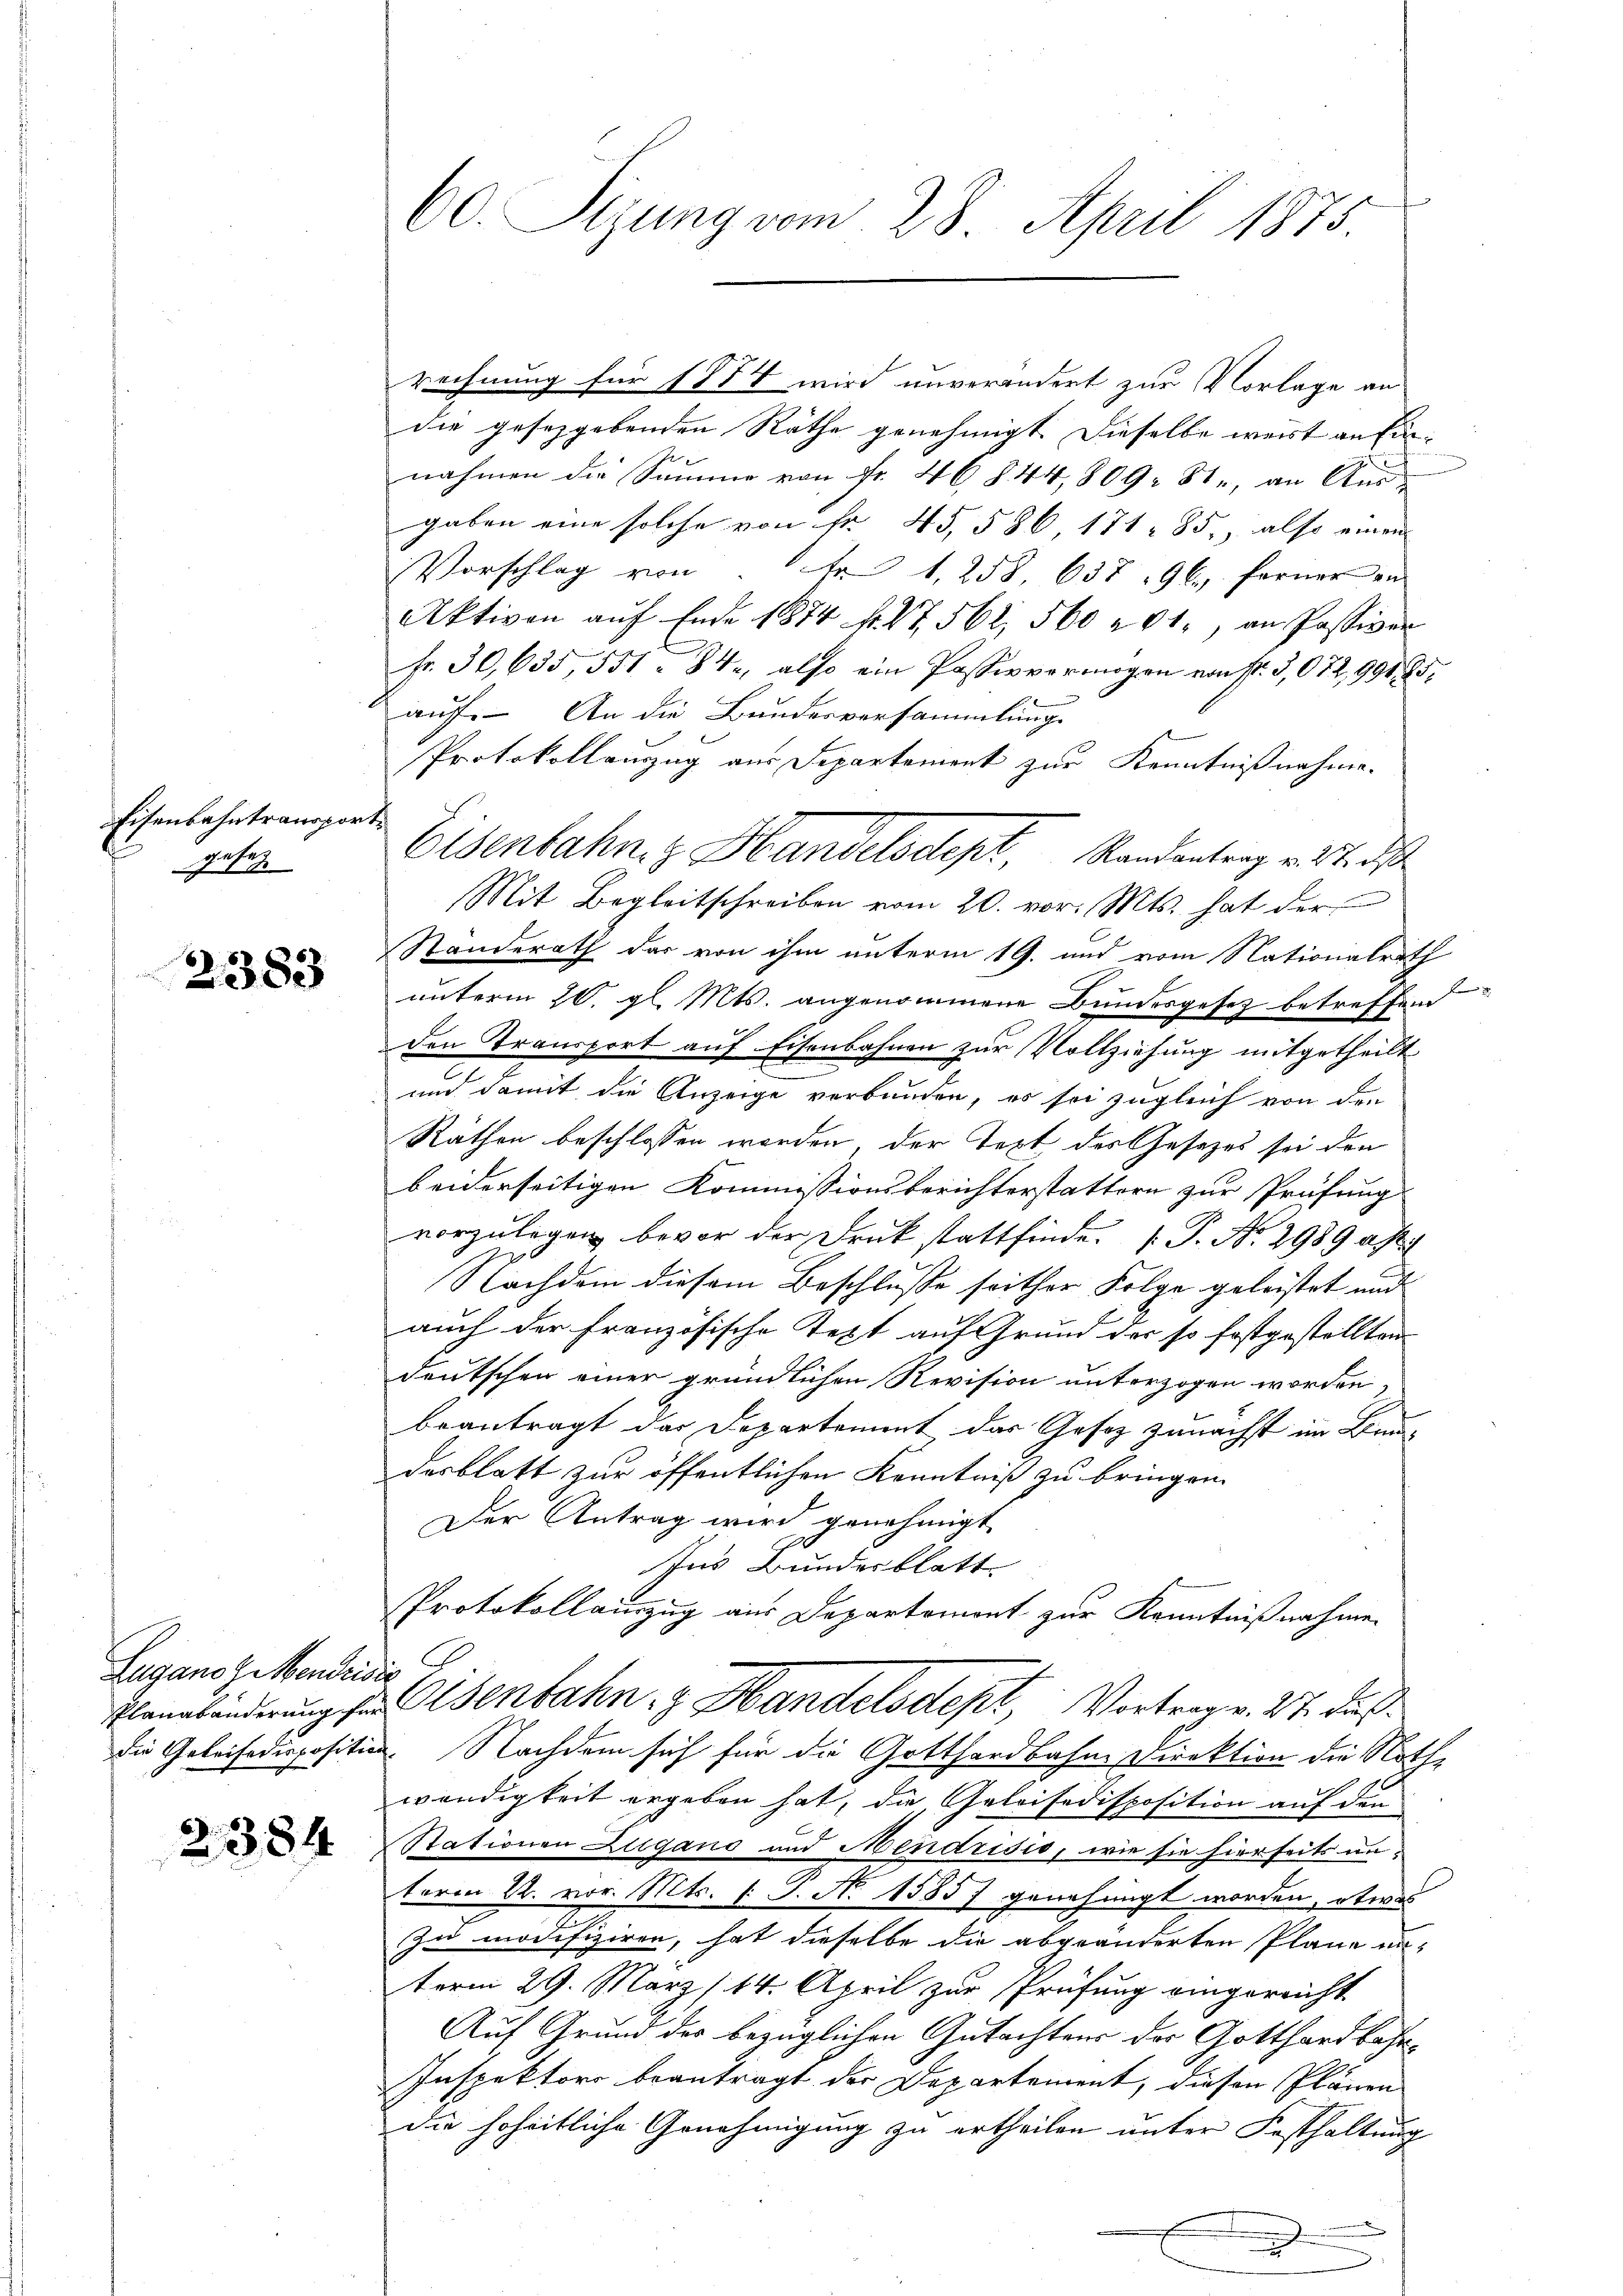
Eisenbahntransport
af
Gesetz

2383

Luganoz Mendrisie

2384

rechnung für 1874 wird unverändert zur Vorlage an
die gesetzgebenden Räthe genehmigt. Dieselbe weist anfinnahmen die Summe von Fr. 46 § 44. 809. Ste, an Aus-
gaben eine solche von fr. 45,586, 171. 85, also einen
Vorschlag von Fr. 1258 637 96. ferner an
Aktiven aŭf Ende 1874 f. 47. 562, 560 n 1., an Passiver
Fr. 30, 635, 551. 84, also ein Passiv vermögen von St. G,072,99185.
auf. An die Bundesversammlung
Protokollauszug aus Departement zur Kenntnißnahme.
Mit Begleitschreiben vom 20. vor. Mts. hat der
Ständerath das von ihm unterm 19. und vom Nationalrath
unterm 20. gl. Mts. angenommene Bundesgesetz betreffen
den Transport auf Eisenbahnen zur Vollziehung mitgetheilt
und damit die Anzeige verbunden, es sei zugleich von den
Räthen beschlossen worden, der Text des Gesetzes sei den
beiderseitigen Kommissionsberichterstattern zur Prüfung
vorzulegen bevor der Druck stattfinde. (T. No. 2989 a P
Nachdem diesem Beschlusse seither Folge geleistet und
auch der französische Text auf Grund der so festgestellten
deutschen einer gründlichen Revision unterzogen worden,
beantragt das Departement das Gesez zunächst im Brundesblatt zur öffentlichen Kenntniß zu bringen.
Der Antrag wird genehmigt.
Ins Bundesblatt
Protokollauszug aus Departemont zur Kenntnißnahmen
Planabänderung zu Osenbahn, z. Handelsdept, Vortrage. 27. daß
die Geleisedisposition. Nachdem sich für die Gotthardbahne Direktion die Nothwendigkeit ergeben hat, die Geleisedisposition auf den
Stationen Zugano und Mendrisis, wie sie hierseits unterm 22. vor. Mts. (T. N. 15857 genehmigt worden, etwas
Zu modifiziren, hat dieselbe die abgeänderten Pläne unterm 29. März /14. April zur Prüfung eingerricht
Auf Grund des bezüglichen Gutachtens der Gotthardbahn¬
Inspektors beantragt der Departement, diesen Plänen
die hoheitliche Genehmigung zu ertheilen unter Festhaltung
x

60. Sizung vom 28. April 1875.

Eisenbahng Handelsdept, Randentrag v. Stadt

2